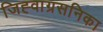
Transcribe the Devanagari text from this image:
जिह्वाग्रसनिका